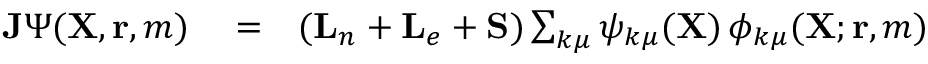
\begin{array} { r l r } { { \mathbf { J } } \Psi ( { \mathbf { X } } , { \mathbf { r } } , m ) } & { { } = } & { ( { \mathbf { L } } _ { n } + { \mathbf { L } } _ { e } + { \mathbf { S } } ) \sum _ { k \mu } \psi _ { k \mu } ( { \mathbf { X } } ) \, \phi _ { k \mu } ( { \mathbf { X } } ; { \mathbf { r } } , m ) } \end{array}